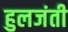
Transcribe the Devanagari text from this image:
हुलजंती